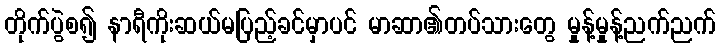
တိုက်ပွဲစ၍ နာရီကိုးဆယ်မပြည့်ခင်မှာပင် မာဆာ၏တပ်သားတွေ မှုန့်မှုန့်ညက်ညက်